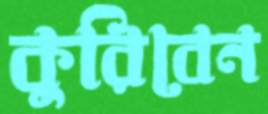
কুরিবেন